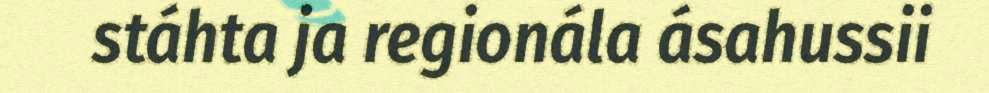
stáhta ja regionála ásahussii